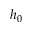
h _ { 0 }